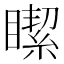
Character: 𥊯